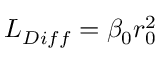
L _ { D i f f } = \beta _ { 0 } r _ { 0 } ^ { 2 }